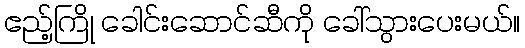
ဧည့်ကြို ခေါင်းဆောင်ဆီကို ခေါ်သွားပေးမယ်။